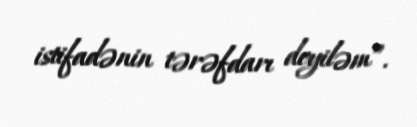
istifadənin tərəfdarı deyiləm”.